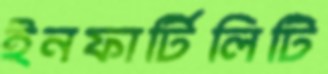
ইনফার্টিলিটি